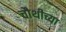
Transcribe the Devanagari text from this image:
चौथीच्या